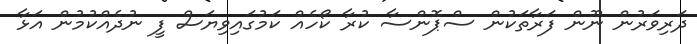
ދަރިވަރުން ނޫން ފަރާތަކުން ސްޕޮންސާ ކުރާ ކޯހެއް ކަމުގައިވިޔަސް ފީ ނުދެއްކުމުން އަޅާ